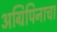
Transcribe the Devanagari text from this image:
अग्रिपिनाचा